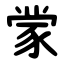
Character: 䝉